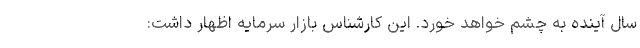
سال آینده به چشم خواهد خورد. این کارشناس بازار سرمایه اظهار داشت: